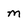
Character: m